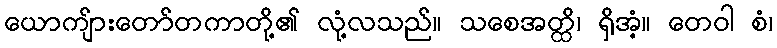
ယောကျ်ားတော်တကာတို့၏ လုံ့လသည်။ သစေအတ္ထိ၊ ရှိအံ့။ တေဝါ စံ၊